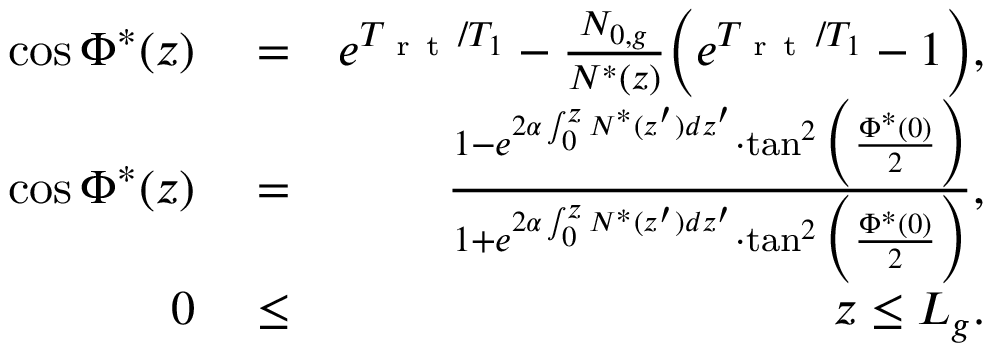
\begin{array} { r l r } { \cos \Phi ^ { * } ( z ) } & { { } = } & { e ^ { T _ { \mathrm { ~ r ~ t ~ } } / T _ { 1 } } - \frac { N _ { 0 , g } } { N ^ { * } ( z ) } \Big ( e ^ { T _ { \mathrm { ~ r ~ t ~ } } / T _ { 1 } } - 1 \Big ) , } \\ { \cos \Phi ^ { * } ( z ) } & { { } = } & { \frac { 1 - e ^ { 2 \alpha \int _ { 0 } ^ { z } N ^ { * } ( z ^ { \prime } ) d z ^ { \prime } } \cdot \tan ^ { 2 } \Big ( \frac { \Phi ^ { * } ( 0 ) } { 2 } \Big ) } { 1 + e ^ { 2 \alpha \int _ { 0 } ^ { z } N ^ { * } ( z ^ { \prime } ) d z ^ { \prime } } \cdot \tan ^ { 2 } \Big ( \frac { \Phi ^ { * } ( 0 ) } { 2 } \Big ) } , } \\ { 0 } & { { } \le } & { z \le L _ { g } . } \end{array}